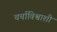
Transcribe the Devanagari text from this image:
चर्चाविश्वाशी